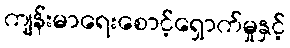
ကျန်းမာရေးစောင့်ရှောက်မှုနှင့်